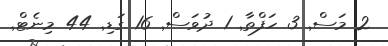
2 މަސް